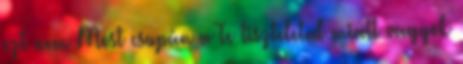
ezt nem Most csupán a Te tiszteleted miatt vagyok